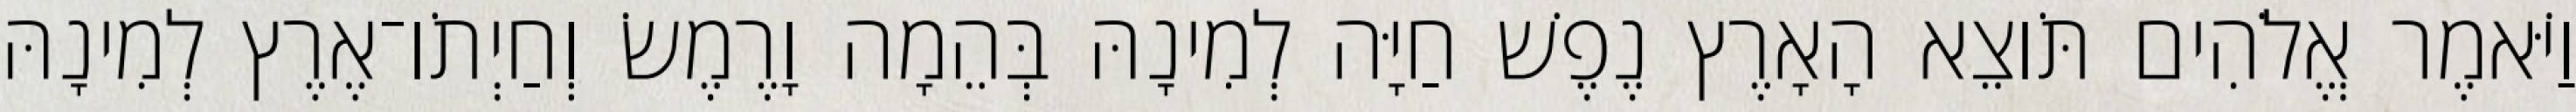
וַיֹּאמֶר אֱלֹהִים תֹּוצֵא הָאָרֶץ נֶפֶשׁ חַיָּה לְמִינָהּ בְּהֵמָה וָרֶמֶשׂ וְחַיְתֹו־אֶרֶץ לְמִינָהּ